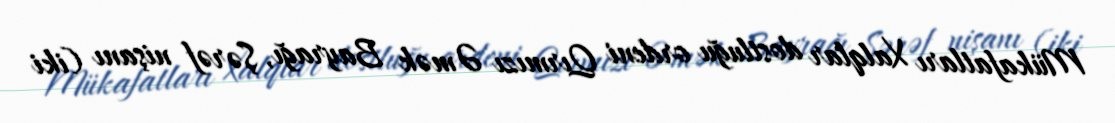
Mükafatları Xalqlar dostluğu ordeni Qırmızı Əmək Bayrağı, Şərəf nişanı (iki